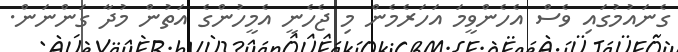
ގެނައުމުގައި ވެސް އެހެންވީމަ އަހަރެމެން މި ޖެހެނީ އެމީހުންގެ އަތުން މުދާ ގަންނަން.